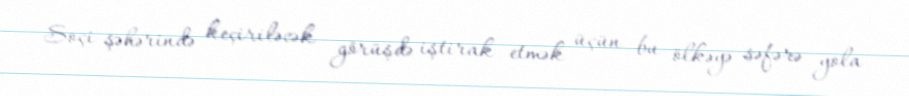
Soçi şəhərində keçiriləcək görüşdə iştirak etmək üçün bu ölkəyə səfərə yola